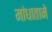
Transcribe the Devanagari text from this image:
मांधाताने